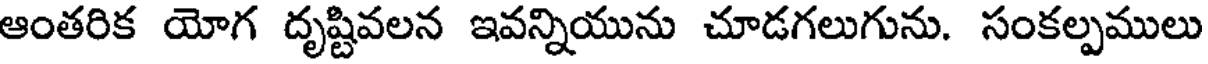
ఆంతరిక యోగ దృష్టివలన ఇవన్నియును చూడగలుగును. సంకల్పములు